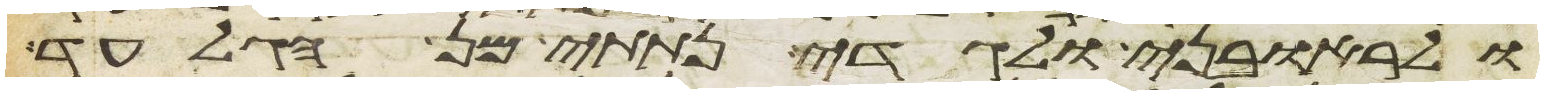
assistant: ולראובני ולגדי נתתי מן הגלעד